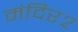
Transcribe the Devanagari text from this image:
मंदिर२